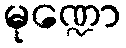
မုဏ္ဍော